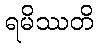
ရမိဿတိ